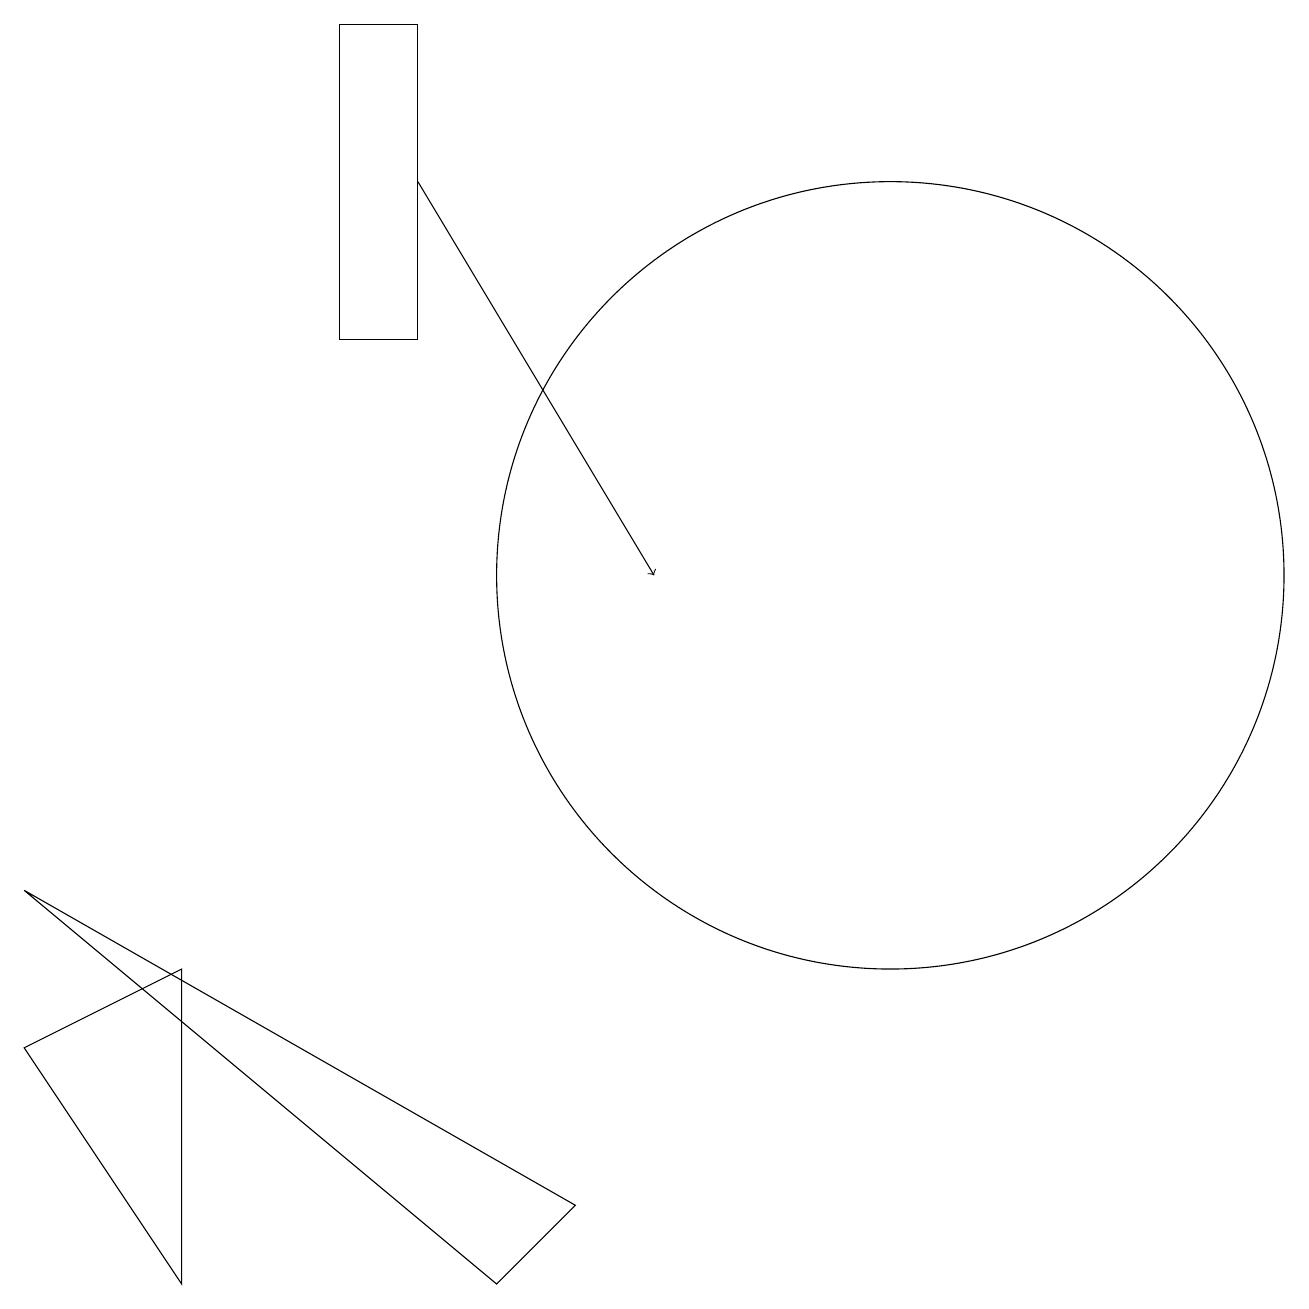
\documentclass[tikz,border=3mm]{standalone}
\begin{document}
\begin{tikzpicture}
\draw (2,2) -- (0,5) -- (2,6) -- cycle;
\draw (7,3) -- (0,7) -- (6,2) -- cycle;
\draw (11,11) circle (5);
\draw[->] (5,16) -- (8,11);
\draw (4,18) rectangle (5,14);
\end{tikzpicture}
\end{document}